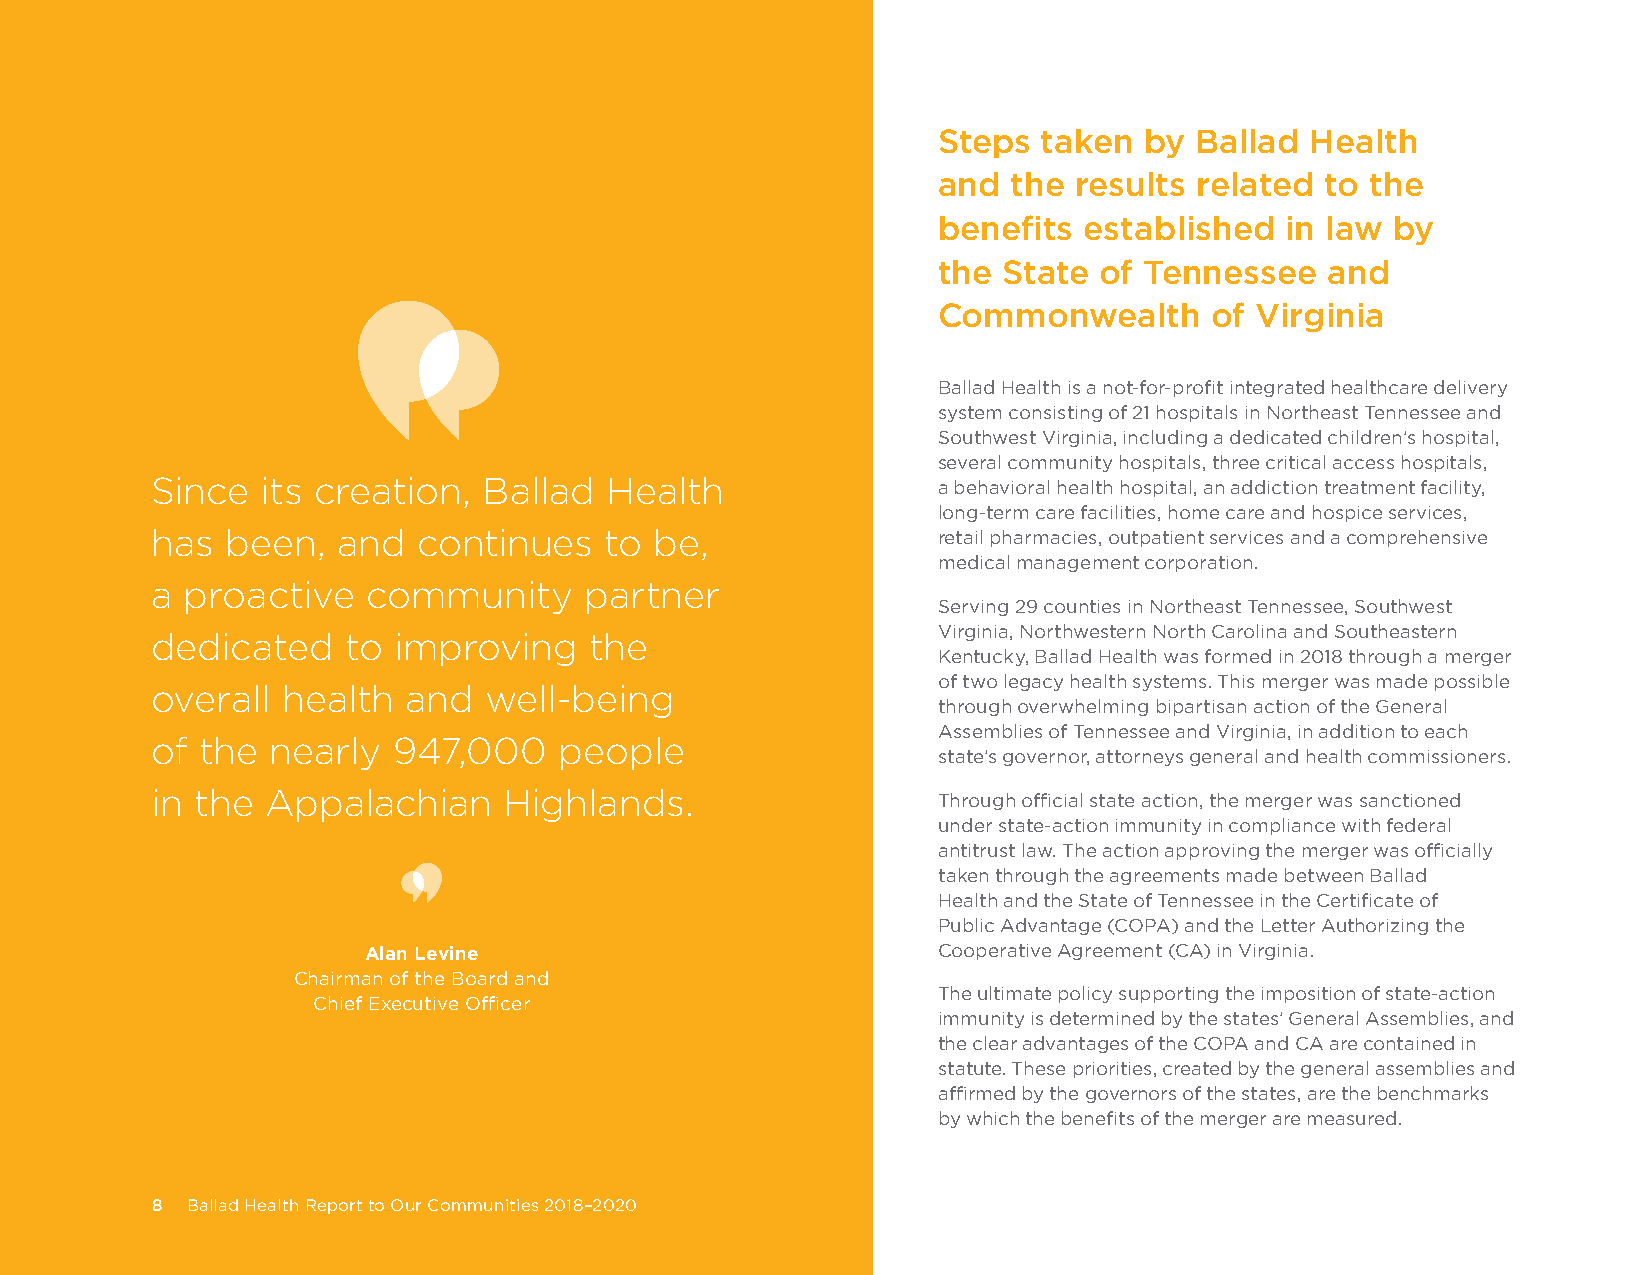
Steps  taken  by Ballad  Health
 and  the results related  to the
 benefits  established  in law by
 the State  of Tennessee   and
 Commonwealth      of Virginia
 Ballad Health is a not-for-profit integrated healthcare delivery
 system consisting of 21 hospitals in Northeast Tennessee and
 Southwest Virginia, including a dedicated children’s hospital,
 several community hospitals, three critical access hospitals,
 Since  its creation,  Ballad  Health                a behavioral health hospital, an addiction treatment facility,
 long-term care facilities, home care and hospice services,
 has  been,  and   continues   to be,                retail pharmacies, outpatient services and a comprehensive
 medical management corporation.
 a proactive   community      partner
 Serving 29 counties in Northeast Tennessee, Southwest
 Virginia, Northwestern North Carolina and Southeastern
 dedicated    to improving    the
 Kentucky, Ballad Health was formed in 2018 through a merger
 of two legacy health systems. This merger was made possible
 overall  health  and  well-being
 through overwhelming bipartisan action of the General
 Assemblies of Tennessee and Virginia, in addition to each
 of the  nearly  947,000    people
 state’s governor, attorneys general and health commissioners.
 in the  Appalachian    Highlands.                   Through official state action, the merger was sanctioned
 under state-action immunity in compliance with federal
 antitrust law. The action approving the merger was officially
 taken through the agreements made between Ballad
 Health and the State of Tennessee in the Certificate of
 Public Advantage (COPA) and the Letter Authorizing the
 Alan Levine                           Cooperative Agreement (CA) in Virginia.
 Chairman of the Board and
 The ultimate policy supporting the imposition of state-action
 Chief Executive Officer
 immunity is determined by the states’ General Assemblies, and
 the clear advantages of the COPA and CA are contained in
 statute. These priorities, created by the general assemblies and
 affirmed by the governors of the states, are the benchmarks
 by which the benefits of the merger are measured.
 8 Ballad Health Report to Our Communities 2018–2020